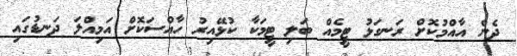
ދެން އާއްމުކޮށް ރަނގަޅު ޓީމެއް ބަލި ޓީމަކާ ކުޅޭއިރު ހާއްސަކޮށް އަމިއްލަ ދަނޑުގައި